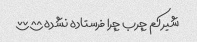
شیر کم چرب چرا فرستاده نشده؟؟؟؟؟؟؟؟؟؟؟؟